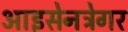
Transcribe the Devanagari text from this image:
आइसेनट्रेगर